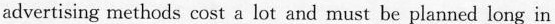
advertising methods cost a lot and must be planned long in